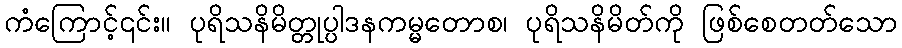
ကံကြောင့်၎င်း။ ပုရိသနိမိတ္တုပ္ပါဒနကမ္မတောစ၊ ပုရိသနိမိတ်ကို ဖြစ်စေတတ်သော